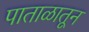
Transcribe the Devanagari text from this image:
पाताळातून